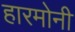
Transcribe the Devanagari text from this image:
हारमोनी